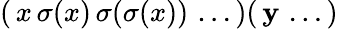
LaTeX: (\, x\, \sigma(x)\, \sigma(\sigma(x))\, \ldots\, )(\, \mathbf{y}\, \ldots\, )